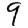
Digit: 9